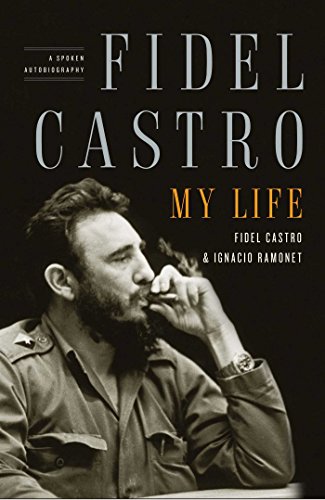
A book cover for Fidel Castro: My Life: A Spoken Autobiography; Ignacio Ramonet; History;